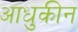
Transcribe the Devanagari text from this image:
आधुकीन